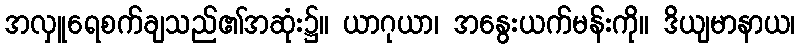
အလှူရေစက်ချသည်၏အဆုံး၌။ ယာဂုယာ၊ အနွေးယက်မန်းကို။ ဒိယျမာနာယ၊